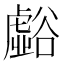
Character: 𲂚